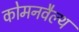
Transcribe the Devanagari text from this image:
कोमनवैल्थ